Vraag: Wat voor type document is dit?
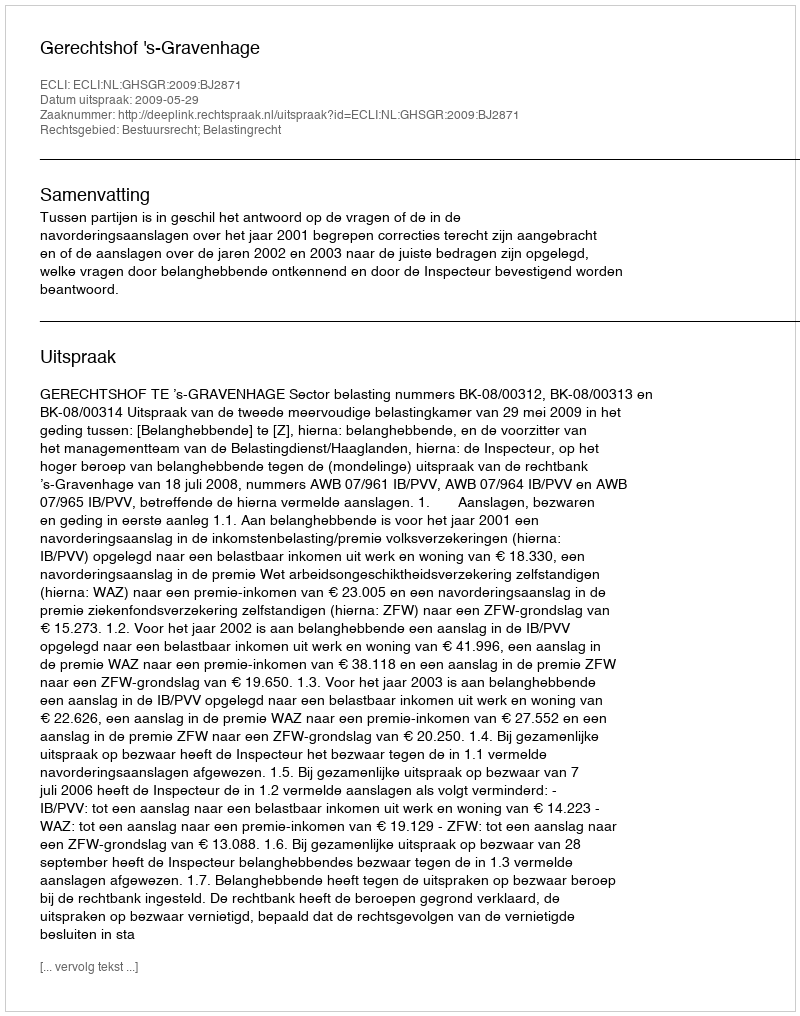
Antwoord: Uitspraak